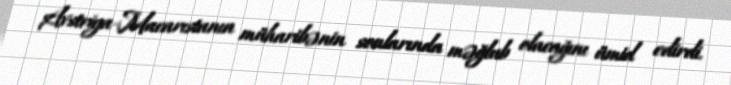
Avstriya-Macarıstanın müharibənin sonlarında məğlub olacağını ümid edirdi.